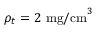
\rho _ { t } = 2 ~ \mathrm { m g / c m } ^ { 3 }